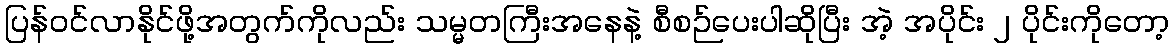
ပြန်ဝင်လာနိုင်ဖို့အတွက်ကိုလည်း သမ္မတကြီးအနေနဲ့ စီစဉ်ပေးပါဆိုပြီး အဲ့ အပိုင်း ၂ ပိုင်းကိုတော့